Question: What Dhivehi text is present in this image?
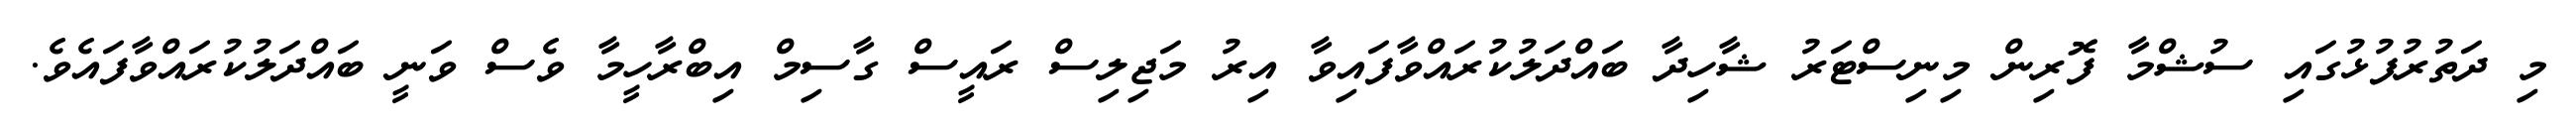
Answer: މި ދަތުރުފުޅުގައި ސުޝްމާ ފޮރިން މިނިސްޓަރު ޝާހިދާ ބައްދަލުކުރައްވާފައިވާ އިރު މަޖިލިސް ރައީސް ގާސިމް އިބްރާހީމާ ވެސް ވަނީ ބައްދަލުކުރައްވާފައެވެ.